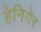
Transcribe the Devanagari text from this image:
हेनिगेर